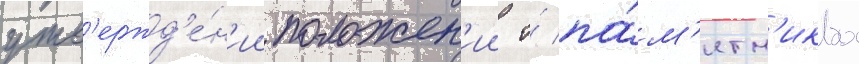
утв'ержд'е́н'ии положен'ии о́ па́м'ятн'иках